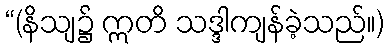
“(နိသျ၌ ဣတိ သဒ္ဒါကျန်ခဲ့သည်။)